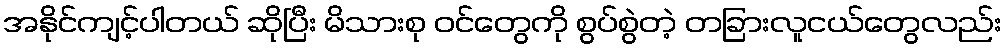
အနိုင်ကျင့်ပါတယ် ဆိုပြီး မိသားစု ဝင်တွေကို စွပ်စွဲတဲ့ တခြားလူငယ်တွေလည်း